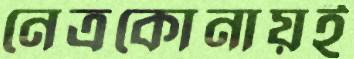
নেত্রকোনায়ই